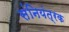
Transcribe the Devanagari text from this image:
संनियंत्रक